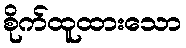
စိုက်ထူထားသော